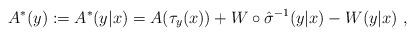
LaTeX: \begin{align*}A^*(y) := A^*(y|x) = A(\tau_y(x)) + W \circ \hat{\sigma}^{-1} (y|x) - W(y|x) \ ,\end{align*}